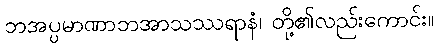
ဘအပ္ပမာဏာဘအာသဿရာနံ၊ တို့၏လည်းကောင်း။